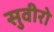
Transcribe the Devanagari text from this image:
सुवीरो